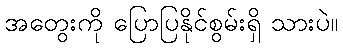
အတွေးကို ပြောပြနိုင်စွမ်းရှိ သားပဲ။